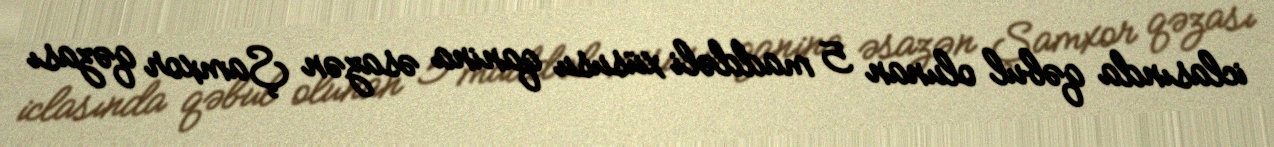
iclasında qəbul olunan 5 maddəli xüsusu qanina əsazən Şamxor qəzası